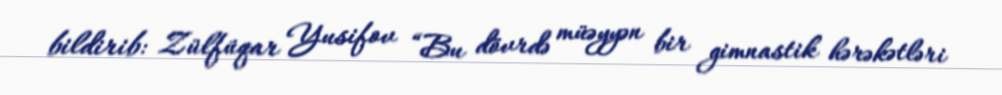
bildirib: Zülfüqar Yusifov “Bu dövrdə müəyyən bir gimnastik hərəkətləri